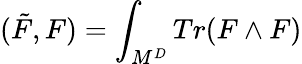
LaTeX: (\tilde{F},F)=\int_{M^{D}}Tr(F\wedge F)